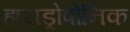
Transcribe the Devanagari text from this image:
हायड्रोपोनिक